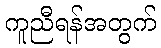
ကူညီရန်အတွက်